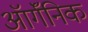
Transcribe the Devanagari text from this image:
ऑर्गॅनिक